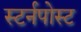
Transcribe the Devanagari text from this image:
स्टर्नपोस्ट